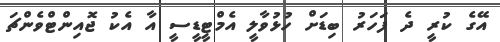
އޭގެ ކުރީ ދެ ފަހަރު ބިޑަށް ހުޅުވާލީ އެމްޓީޑީސީ އާ އެކު ޖޮއިންޓްވެންޗަ